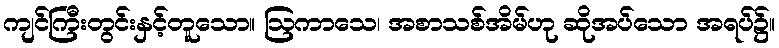
ကျင်ကြီးတွင်းနှင့်တူသော။ ဩကာသေ၊ အစာသစ်အိမ်ဟု ဆိုအပ်သော အရပ်၌။